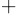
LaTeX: ^{+}